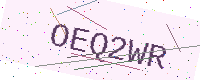
Text: OEQ2WR